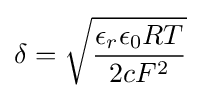
\delta ={\sqrt {\frac {\epsilon _{r}\epsilon _{0}RT}{2cF^{2}}}}